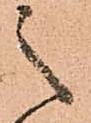
之